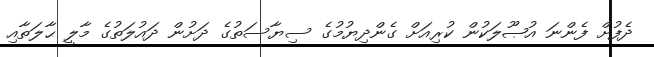
ދެފުށް ފެންނަ އުޞޫލަކުން ކުރިއަށް ގެންދިޔުމުގެ ސިޔާސަތުގެ ދަށުން ދައުލަތުގެ މާލީ ޙާލަތާއި